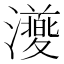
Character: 𭳨